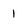
Character: 1